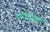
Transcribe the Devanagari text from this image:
पॅरॅडाइस